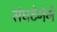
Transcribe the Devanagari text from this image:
संघटेनेने